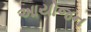
આયોજન